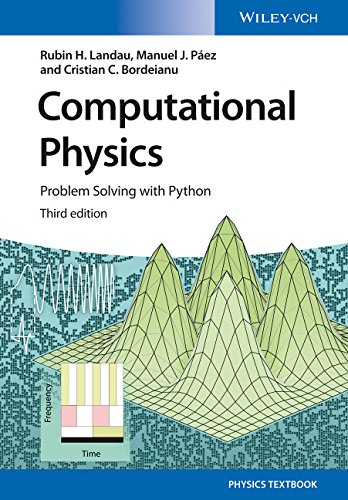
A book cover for Computational Physics: Problem Solving with Python (No Longer used); Rubin H. Landau; Science & Math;